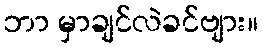
ဘာ မှာချင်လဲခင်ဗျား။